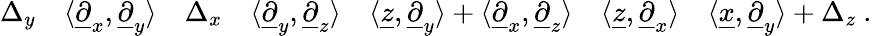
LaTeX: \Delta_{y}\quad\langle\underline{{\partial}}_{x},\underline{{\partial}}_{y}\rangle\quad\Delta_{x}\quad\langle\underline{{\partial}}_{y},\underline{{\partial}}_{z}\rangle\quad\langle\underline{{z}},\underline{{\partial}}_{y}\rangle+\langle\underline{{\partial}}_{x},\underline{{\partial}}_{z}\rangle\quad\langle\underline{{z}},\underline{{\partial}}_{x}\rangle\quad\langle\underline{{x}},\underline{{\partial}}_{y}\rangle+\Delta_{z}\ .